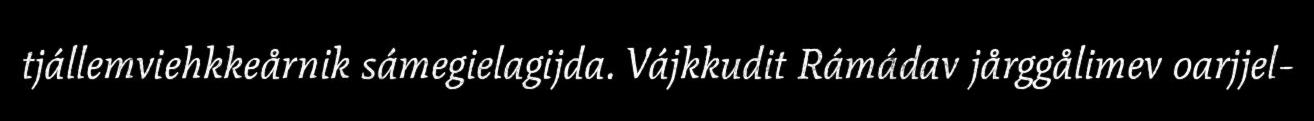
tjállemviehkkeårnik sámegielagijda. Vájkkudit Rámádav jårggålimev oarjjel-